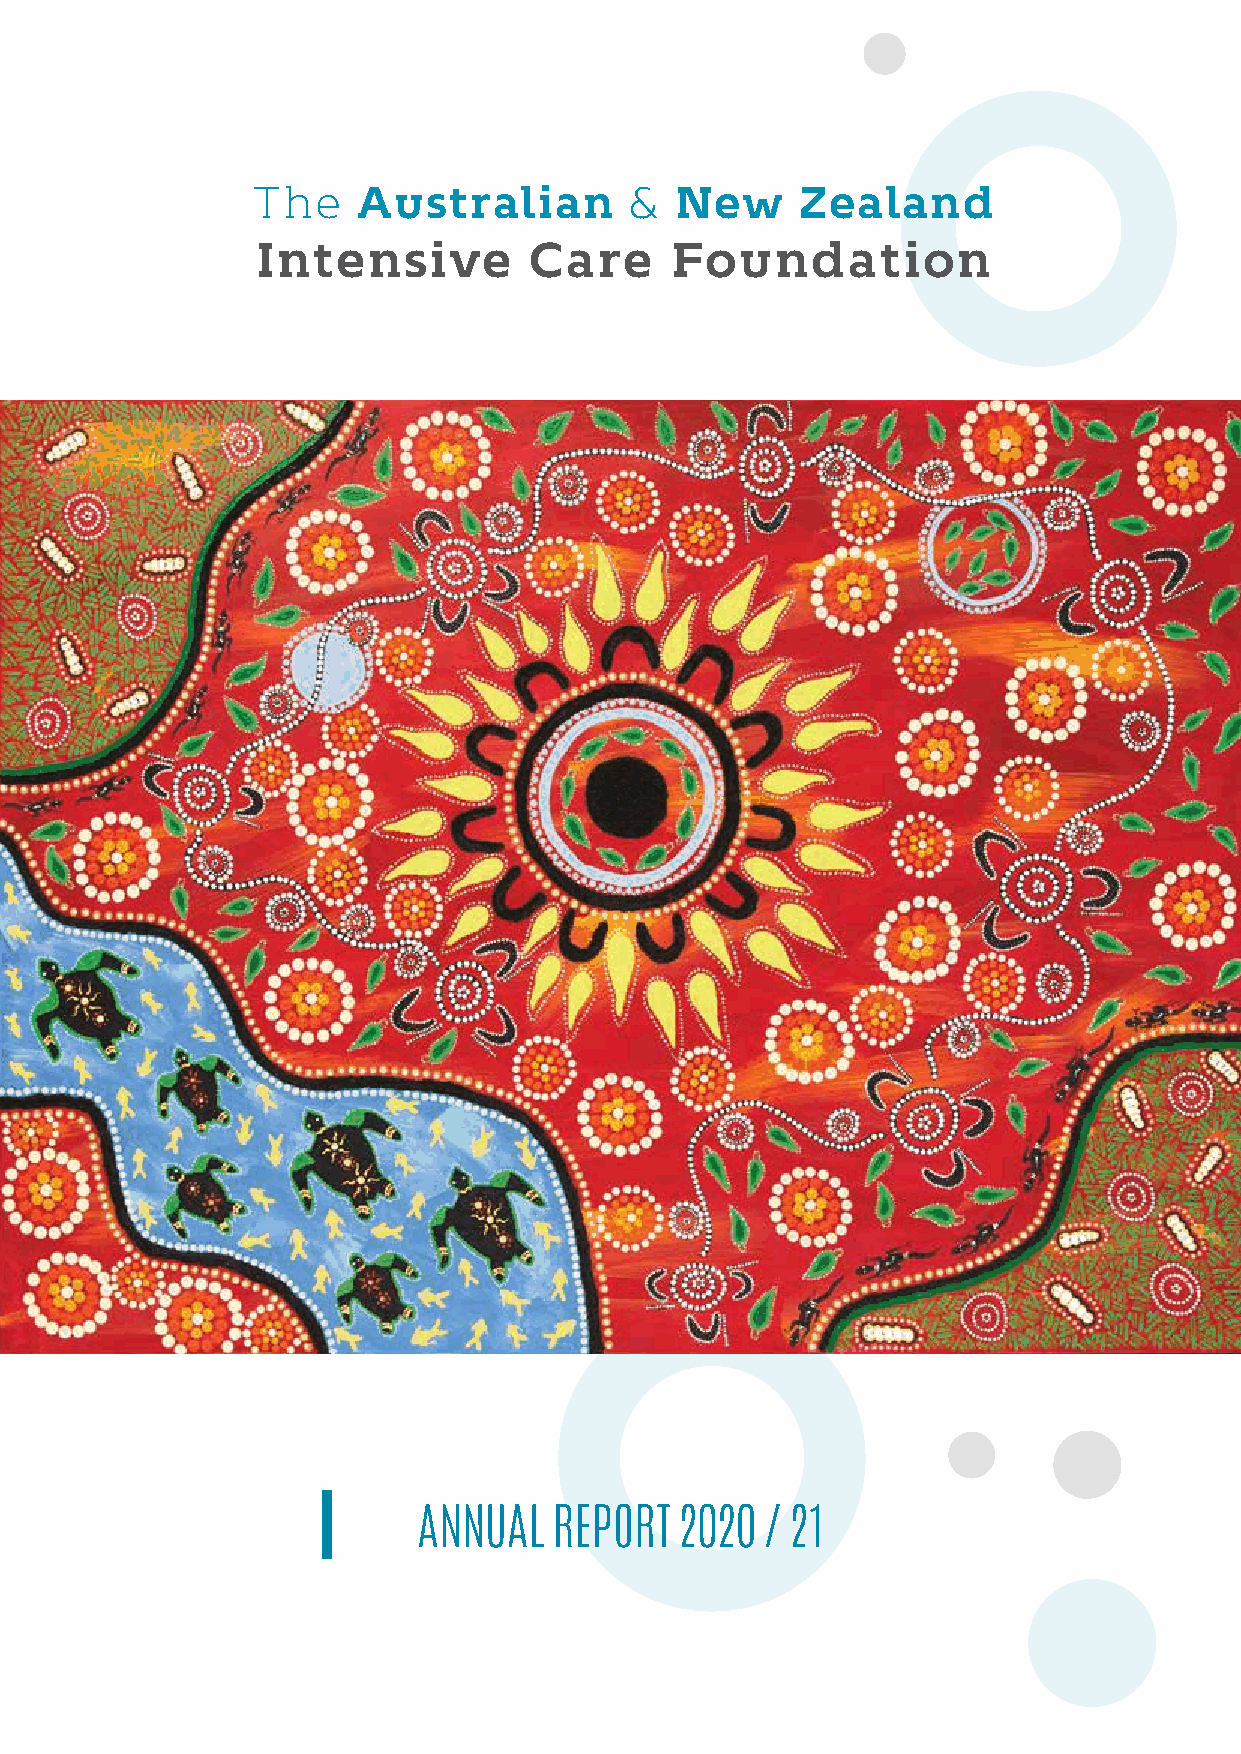
The   Australian      &
 The   Australian        &  New     Zealand
 New    Zealand
 Intensive         Care     Foundation
 Intensive     Care    Foundation
 The   Australian        &   New     Zealand
 Intensive         Care     Foundation
 ANNUAL   REPORT  2020  / 21